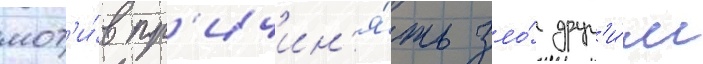
мот'и́в пр'ичин'я́ть зло́ друг'и́м